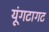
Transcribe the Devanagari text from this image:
यूंगटागट